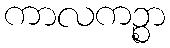
ကာလကဉ္စာ